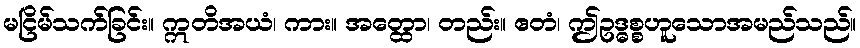
မငြိမ်သက်ခြင်း။ ဣတိအယံ၊ ကား။ အတ္ထော၊ တည်း။ ဧတံ၊ ဤဥဒ္ဓစ္စဟူသောအမည်သည်။